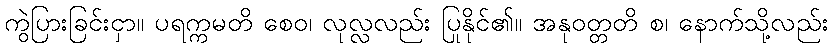
ကွဲပြားခြင်းငှာ။ ပရက္ကမတိ စေဝ၊ လုလ္လလည်း ပြုနိုင်၏။ အနုဝတ္တတိ စ၊ နောက်သို့လည်း